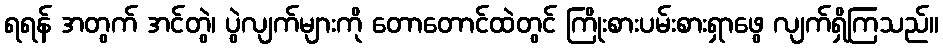
ရရန် အတွက် အင်တွဲ၊ ပွဲလျက်များကို တောတောင်ထဲတွင် ကြိုးစားပမ်းစားရှာဖွေ လျက်ရှိကြသည်။